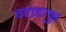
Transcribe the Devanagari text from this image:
वराहगुप्त